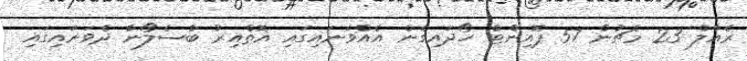
ރެއާލް 23 މެޗުން 57 ޕޮއިންޓް ހޯދައިގެން އެއްވަނައިގައި އޮތްއިރު ބާސެލޯނާ ދެވަނައިގައި